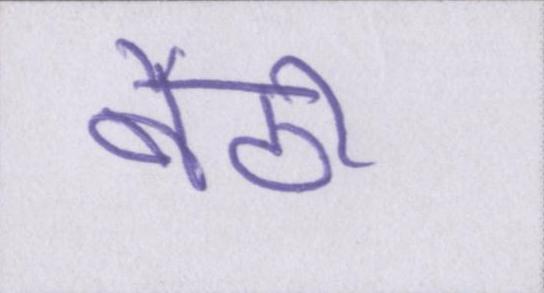
बैठी